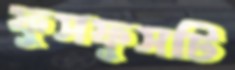
ফুসফুসটি